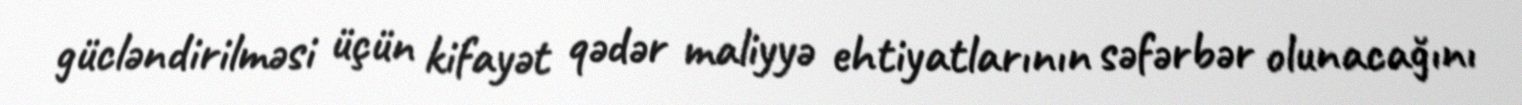
gücləndirilməsi üçün kifayət qədər maliyyə ehtiyatlarının səfərbər olunacağını